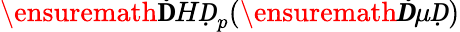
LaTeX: \ensuremath{\mathbf ḊHḌ}_{p}(\ensuremath{\boldsymbol Ḋ\mu Ḍ})